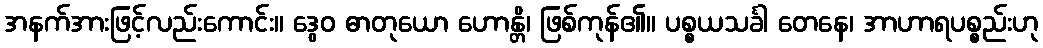
အနက်အားဖြင့်လည်းကောင်း။ ဒွေဝ ဓာတုယော ဟောန္တိ၊ ဖြစ်ကုန်၏။ ပစ္စယသင်္ခါ တေနေ၊ အာဟာရပစ္စည်းဟု